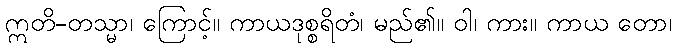
ဣတိ-တသ္မာ၊ ကြောင့်။ ကာယဒုစ္စရိတံ၊ မည်၏။ ဝါ၊ ကား။ ကာယ တော၊